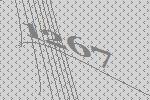
1267